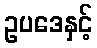
ဥပဒေနှင့်